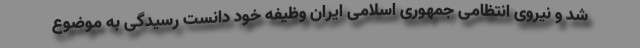
شد و نیروی انتظامی جمهوری اسلامی ایران وظیفه خود دانست رسیدگی به موضوع